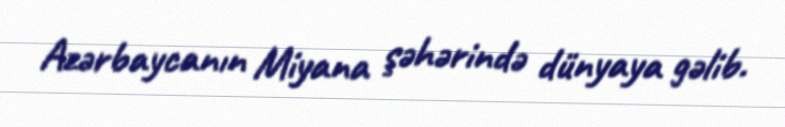
Azərbaycanın Miyana şəhərində dünyaya gəlib.